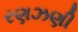
રણઝણી